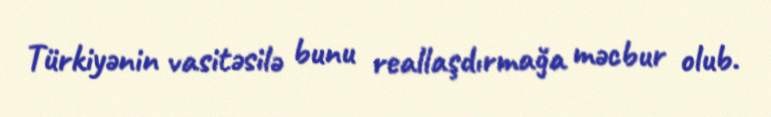
Türkiyənin vasitəsilə bunu reallaşdırmağa məcbur olub.